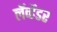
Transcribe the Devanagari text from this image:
लॅव्हेंडर